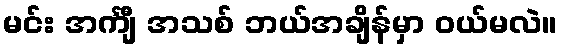
မင်း အင်္ကျီ အသစ် ဘယ်အချိန်မှာ ဝယ်မလဲ။